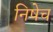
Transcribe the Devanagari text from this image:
निषेच